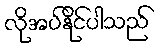
လိုအပ်နိုင်ပါသည်